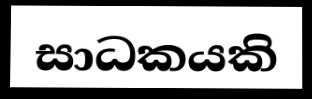
සාධකයකි